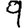
Digit: 9